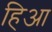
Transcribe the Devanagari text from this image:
हिआ